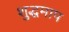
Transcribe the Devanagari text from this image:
शुद्धमाप